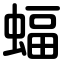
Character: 蝠